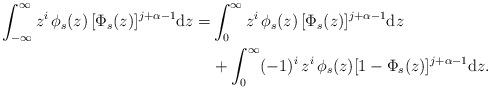
LaTeX: \begin{align*}\int_{-\infty}^\infty z^i\,\phi_s(z)\,[\Phi_s(z)]^{j+\alpha-1}\mathrm{d}z=&\int_0^\infty z^i\,\phi_s(z)\,[\Phi_s(z)]^{j+\alpha-1}\mathrm{d}z\\&+ \int_0^\infty (-1)^i\,z^i\,\phi_s(z)[1-\Phi_s(z)]^{j+\alpha-1}\mathrm{d}z.\end{align*}